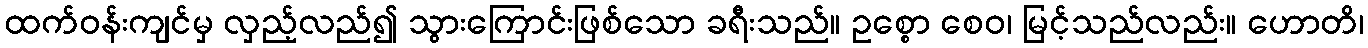
ထက်ဝန်းကျင်မှ လှည့်လည်၍ သွားကြောင်းဖြစ်သော ခရီးသည်။ ဥစ္စော စေဝ၊ မြင့်သည်လည်း။ ဟောတိ၊